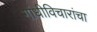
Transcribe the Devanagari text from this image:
गांधीविचारांचा